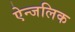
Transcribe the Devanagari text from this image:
ऐन्जलिक